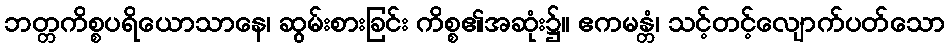
ဘတ္တကိစ္စပရိယောသာနေ၊ ဆွမ်းစားခြင်း ကိစ္စ၏အဆုံး၌။ ဧကမန္တံ၊ သင့်တင့်လျောက်ပတ်သော